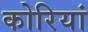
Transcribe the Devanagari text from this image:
कोरियां